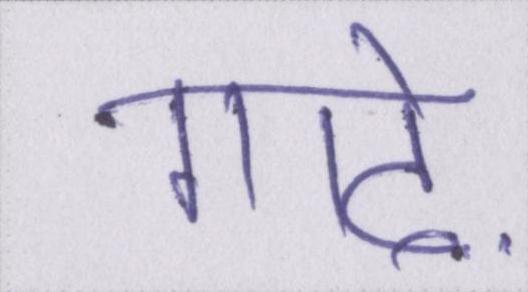
गाढ़े